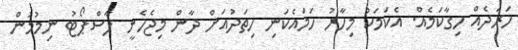
ހަރަދެއް ހިގާކަމެއް. އެކަމަކު މިހާރު ހަމައެކަނި ހިތަދުއަށް ދާން މިޖެހެނީ ޕާސްޕޯޓު ނިމުމުން